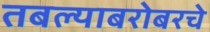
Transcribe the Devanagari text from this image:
तबल्याबरोबरचे